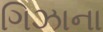
ગિઝાના